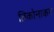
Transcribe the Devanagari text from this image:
तिकोनाकर